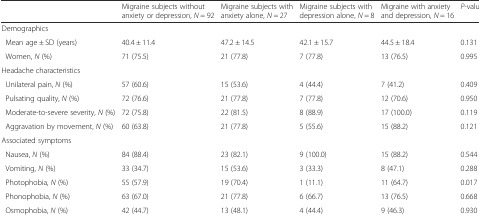
|  | Migraine subjects without anxiety or depression, N = 92 | Migraine subjects with anxiety alone, N = 27 | Migraine subjects with depression alone, N = 8 | Migraine with anxiety and depression, N = 16 | P-value |
 | --- | --- | --- | --- | --- | --- |
 | <COLSPAN=6> Demographics |
 | Mean age ± SD (years) | 40.4 ± 11.4 | 47.2 ± 14.5 | 42.1 ± 15.7 | 44.5 ± 18.4 | 0.131 |
 | Women, N (%) | 71 (75.5) | 21 (77.8) | 7 (77.8) | 13 (76.5) | 0.995 |
 | <COLSPAN=6> Headache characteristics |
 | Unilateral pain, N (%) | 57 (60.6) | 15 (53.6) | 4 (44.4) | 7 (41.2) | 0.409 |
 | Pulsating quality, N (%) | 72 (76.6) | 21 (77.8) | 7 (77.8) | 12 (70.6) | 0.950 |
 | Moderate-to-severe severity, N (%) | 72 (75.8) | 22 (81.5) | 8 (88.9) | 17 (100.0) | 0.119 |
 | Aggravation by movement, N (%) | 60 (63.8) | 21 (77.8) | 5 (55.6) | 15 (88.2) | 0.121 |
 | <COLSPAN=6> Associated symptoms |
 | Nausea, N (%) | 84 (88.4) | 23 (82.1) | 9 (100.0) | 15 (88.2) | 0.544 |
 | Vomiting, N (%) | 33 (34.7) | 15 (53.6) | 3 (33.3) | 8 (47.1) | 0.288 |
 | Photophobia, N (%) | 55 (57.9) | 19 (70.4) | 1 (11.1) | 11 (64.7) | 0.017 |
 | Phonophobia, N (%) | 63 (67.0) | 21 (77.8) | 6 (66.7) | 13 (76.5) | 0.668 |
 | Osmophobia, N (%) | 42 (44.7) | 13 (48.1) | 4 (44.4) | 9 (46.3) | 0.930 |